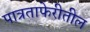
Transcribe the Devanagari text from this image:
पात्रताफेरीतील